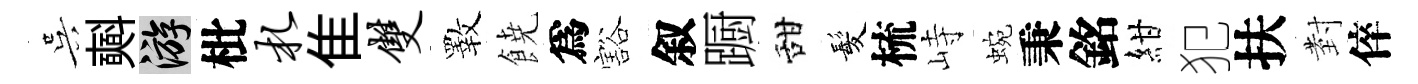
吴𣂏游枇札隹双斁𩜙爲豁叙蹰甜髪梳峙蜿秉銘紺犯扶𭔹倅